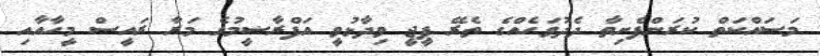
މަސައްކަތް ކުރަންފެށިތާ ދެދުވަހެއްގެ ތެރޭ ޕީޖީ ވިދާޅުވީ އަފްރާޟީމުގެ މަރާ ރައީސް މީހާއާއި